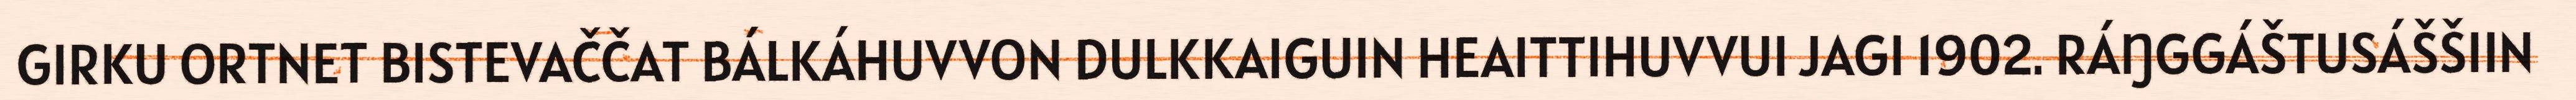
GIRKU ORTNET BISTEVAČČAT BÁLKÁHUVVON DULKKAIGUIN HEAITTIHUVVUI JAGI 1902. RÁŊGGÁŠTUSÁŠŠIIN